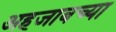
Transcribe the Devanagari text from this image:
अहजाबच्या